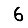
Digit: 6